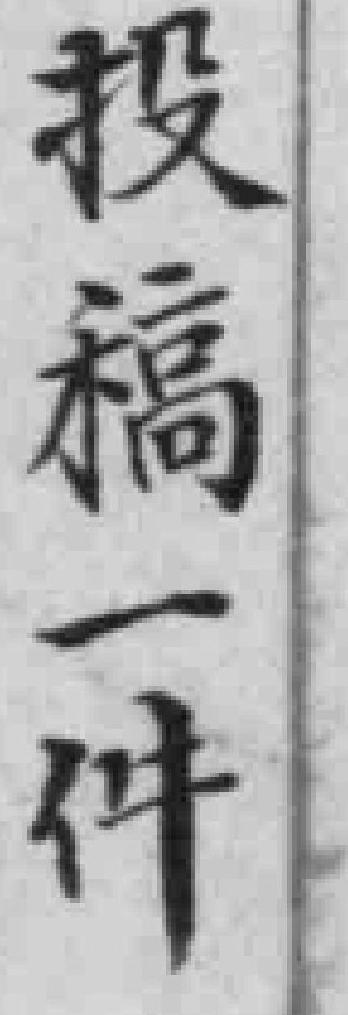
投稿一件